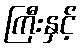
ကြီးနှင့်